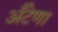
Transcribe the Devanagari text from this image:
अँटेणा